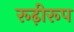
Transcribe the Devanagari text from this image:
रूढ़ीरूप